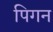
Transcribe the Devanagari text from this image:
पिगन